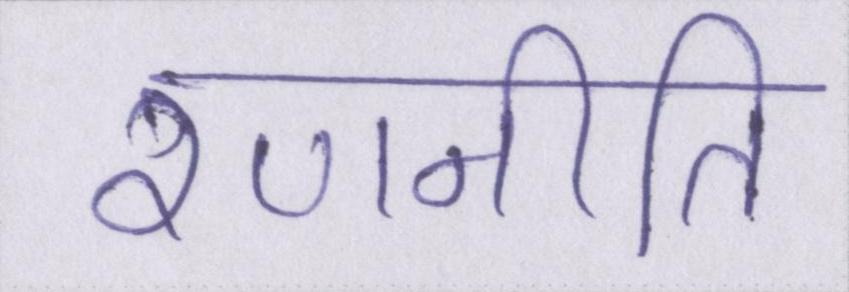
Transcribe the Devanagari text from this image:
रणनीति